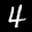
Label: 4